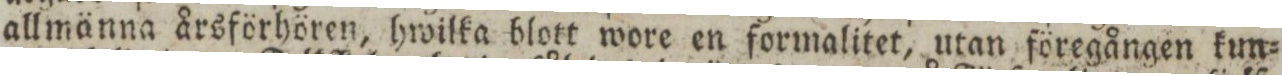
allmänna årsförhören, hwilka blott wore en formalitet, utan föregången kun=